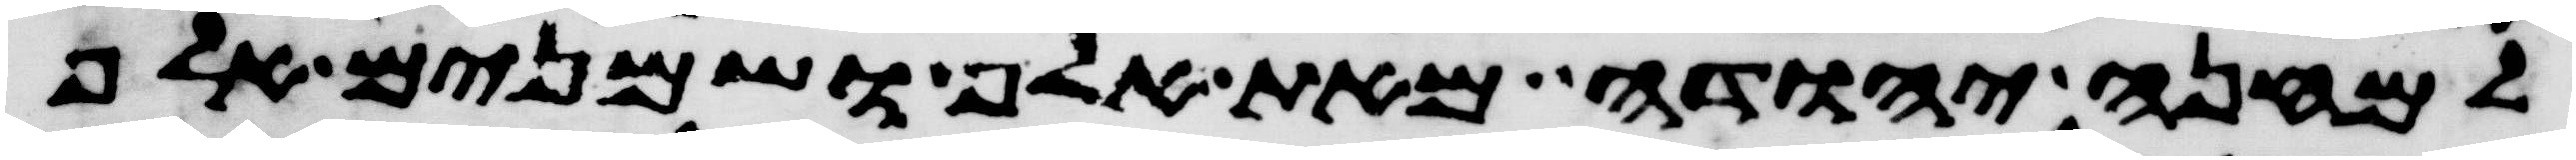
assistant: למחנה יהודה מאת אלף ושמנים אלף